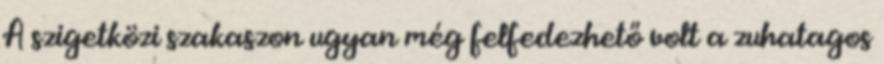
A szigetközi szakaszon ugyan még felfedezhető volt a zuhatagos